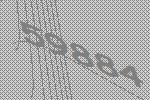
59884